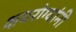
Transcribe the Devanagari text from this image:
क्षयरोग्यांनी